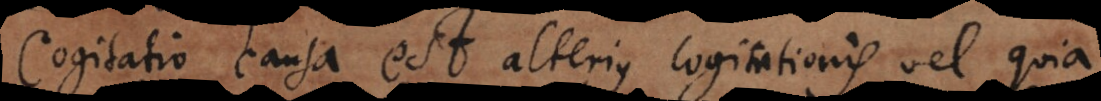
Cogitatio causa est alterius cogitationis vel quia